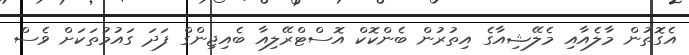
އެގޮތުން މާލެއާއި މެލޭޝިއާގެ އިތުރުން ބެންކޮކް އޮސްޓްރޭލިއާ ބެއިޖިންގް ފަދަ ގައުމުތަކަށް ވެސް